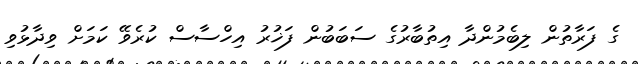
ގެ ފަރާތުން ލިބެމުންދާ އިތުބާރުގެ ސަބަބުން ފަޚުރު އިހްސާސް ކުރެވޭ ކަމަށް ވިދާޅުވި